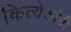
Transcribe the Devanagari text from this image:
कित्येकांची